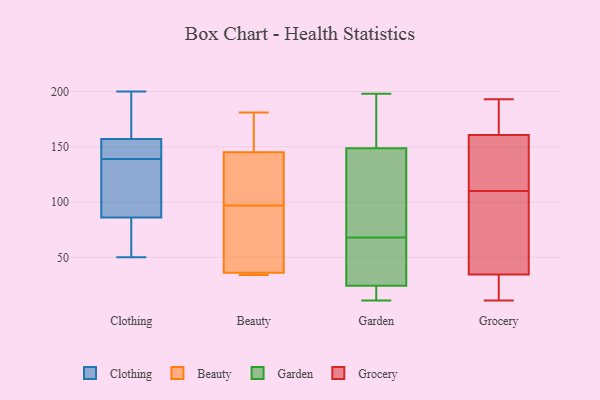
{"axis": {"x": "Population (Million)", "y": "Value"}, "legend": ["Beauty", "Clothing", "Garden", "Grocery"], "data": [{"x": "", "y": 200, "type": "Clothing"}, {"x": "", "y": 138, "type": "Clothing"}, {"x": "", "y": 75, "type": "Clothing"}, {"x": "", "y": 58, "type": "Clothing"}, {"x": "", "y": 73, "type": "Clothing"}, {"x": "", "y": 99, "type": "Clothing"}, {"x": "", "y": 144, "type": "Clothing"}, {"x": "", "y": 154, "type": "Clothing"}, {"x": "", "y": 154, "type": "Clothing"}, {"x": "", "y": 140, "type": "Clothing"}, {"x": "", "y": 50, "type": "Clothing"}, {"x": "", "y": 104, "type": "Clothing"}, {"x": "", "y": 166, "type": "Clothing"}, {"x": "", "y": 160, "type": "Clothing"}, {"x": "", "y": 97, "type": "Clothing"}, {"x": "", "y": 181, "type": "Clothing"}, {"x": "", "y": 36, "type": "Beauty"}, {"x": "", "y": 181, "type": "Beauty"}, {"x": "", "y": 43, "type": "Beauty"}, {"x": "", "y": 98, "type": "Beauty"}, {"x": "", "y": 149, "type": "Beauty"}, {"x": "", "y": 127, "type": "Beauty"}, {"x": "", "y": 145, "type": "Beauty"}, {"x": "", "y": 36, "type": "Beauty"}, {"x": "", "y": 34, "type": "Beauty"}, {"x": "", "y": 96, "type": "Beauty"}, {"x": "", "y": 166, "type": "Garden"}, {"x": "", "y": 174, "type": "Garden"}, {"x": "", "y": 174, "type": "Garden"}, {"x": "", "y": 198, "type": "Garden"}, {"x": "", "y": 26, "type": "Garden"}, {"x": "", "y": 143, "type": "Garden"}, {"x": "", "y": 54, "type": "Garden"}, {"x": "", "y": 75, "type": "Garden"}, {"x": "", "y": 13, "type": "Garden"}, {"x": "", "y": 19, "type": "Garden"}, {"x": "", "y": 131, "type": "Garden"}, {"x": "", "y": 94, "type": "Garden"}, {"x": "", "y": 64, "type": "Garden"}, {"x": "", "y": 18, "type": "Garden"}, {"x": "", "y": 65, "type": "Garden"}, {"x": "", "y": 68, "type": "Garden"}, {"x": "", "y": 11, "type": "Garden"}, {"x": "", "y": 47, "type": "Grocery"}, {"x": "", "y": 110, "type": "Grocery"}, {"x": "", "y": 22, "type": "Grocery"}, {"x": "", "y": 93, "type": "Grocery"}, {"x": "", "y": 39, "type": "Grocery"}, {"x": "", "y": 11, "type": "Grocery"}, {"x": "", "y": 165, "type": "Grocery"}, {"x": "", "y": 29, "type": "Grocery"}, {"x": "", "y": 193, "type": "Grocery"}, {"x": "", "y": 157, "type": "Grocery"}, {"x": "", "y": 90, "type": "Grocery"}, {"x": "", "y": 162, "type": "Grocery"}, {"x": "", "y": 112, "type": "Grocery"}, {"x": "", "y": 112, "type": "Grocery"}, {"x": "", "y": 136, "type": "Grocery"}, {"x": "", "y": 18, "type": "Grocery"}, {"x": "", "y": 181, "type": "Grocery"}, {"x": "", "y": 171, "type": "Grocery"}, {"x": "", "y": 33, "type": "Grocery"}]}